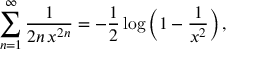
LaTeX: \sum _ { n = 1 } ^ { \infty } { \frac { 1 } { 2 n \, x ^ { 2 n } } } = - { \frac { 1 } { 2 } } \log \left( 1 - { \frac { 1 } { x ^ { 2 } } } \right) ,